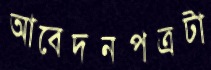
আবেদনপত্রটা